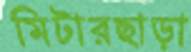
মিটারছাড়া